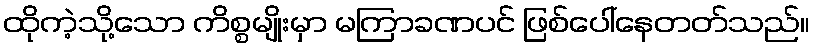
ထိုကဲ့သို့သော ကိစ္စမျိုးမှာ မကြာခဏပင် ဖြစ်ပေါ်နေတတ်သည်။